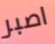
اصبر